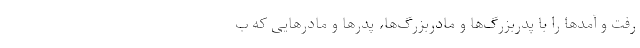
رفت و آمدها را با پدربزرگ‌ها و مادربزرگ‌ها، پدرها و مادرهایی که ب